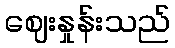
ဈေးနှုန်းသည်